system: You are a helpful assistant.
user:
Analyze the provided spectrum to determine if it is a **S-type Star**.

- **Key Indicators for S-type Star:**

    - **(Overall Spectrum Shape):** The first and most obvious characteristic is the overall continuum (the "baseline" shape). It is **extremely "red-sloping,"** meaning the flux (light intensity) is very low on the left side (blue, ~4000-4500 Å) and rises steeply and continuously toward the right side (red, ~7000 Å+).

    - **(Primary):** The spectrum is defined by the presence of strong, broad molecular absorption "valleys" (bands) from **Zirconium Oxide (ZrO)**. The identification of these bands is the **primary requirement** for classifying a star as S-type.
        - **(Key Bandheads):** You must find distinct, deep "dips" where the light has been absorbed. The most critical band systems to locate are:
            - **~6474 Å** ($\gamma$-system): This is often the strongest and clearest ZrO feature, found in the red part of the spectrum.
            - **~5718 Å** & **~5551 Å** ($\beta$-system): A pair of prominent absorption features in the yellow-orange part of the spectrum.
            - **~4640 Å** ($\alpha$-system): A key absorption band system in the blue-green region of the spectrum.

    - **(Secondary Confirmation):** The classification is strengthened by finding additional absorption bands from other related heavy element oxides, which are expected to be present alongside ZrO.
        - **(Key Bandheads):**
            - **Yttrium Oxide (YO):** Look for absorption dips near **~4800 Å** and **~6100 Å**.
            - **Lanthanum Oxide (LaO):** Additional absorption features, particularly in the red-orange part of the spectrum, are also characteristic.

    - **(Line Profile):** The combination of the steep red continuum and these numerous, deep molecular bands (ZrO, YO, etc.) gives the entire spectrum a very **"chopped-up"** or **"bumpy"** appearance. Instead of a smooth curve, the spectrum looks as though large, wide chunks of light have been "carved out" of it at the specific wavelengths listed above.

Think first, call **spectral_visualization_tool** if needed to examine features in detail, then provide your final answer. Your response must adhere to the following strict rules:
1.  **Overall Structure:** Your response must follow the format `<think>...</think> <tool_call>...</tool_call> (if a tool is used) <answer>...</answer>`.
2.  **Tool Usage Constraint:** You may only make **one** tool call per turn.
3.  **Final Answer Format:** In the `<answer>` tag, your conclusion must be inside a `\boxed{}` command (e.g., `\boxed{YES}` or `\boxed{NO}`), followed by your justification.

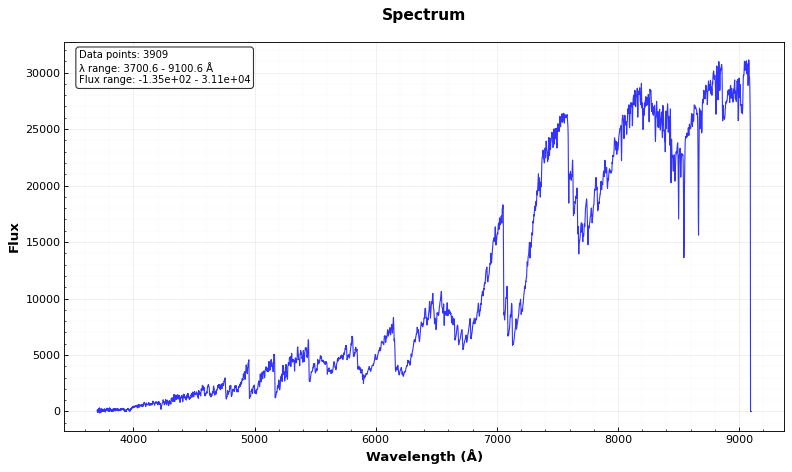
Answer: YES